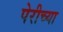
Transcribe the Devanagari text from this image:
पेरीच्या